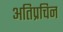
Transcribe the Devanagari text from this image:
अतिप्रचिन